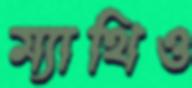
ম্যাথিও